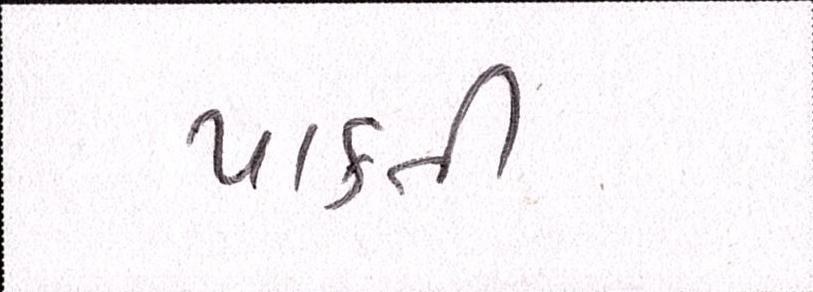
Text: પાકતી